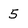
Character: 5